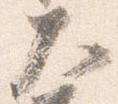
大